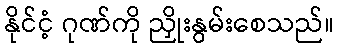
နိုင်ငံ့ ဂုဏ်ကို ညှိုးနွမ်းစေသည်။